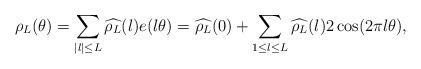
LaTeX: \begin{align*}&\rho_L(\theta) = \sum_{|l| \leq L} \widehat{\rho_L}(l) e(l\theta)= \widehat{\rho_L}(0) + \sum_{1 \leq l \leq L} \widehat{\rho_L}(l) 2\cos (2\pi l \theta),\end{align*}